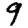
Digit: 9